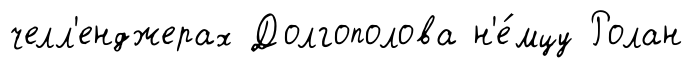
челл'енджерах Долгополова н'е́мцу Ролан